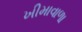
ખીમાવાળા